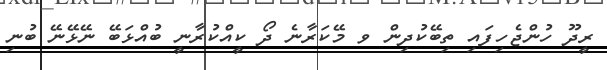
ރީދޫ ހުންޖެހިފައި ތިބޭކުދިން ވ މޭކަރާނެ ދޯ ކީއްކުރާނީ ބުއްޅަބޭ ނޭޅޭނޭ ބުނި